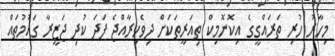
މިހާރު ހުރި ތަރައްގީގެ އިކޮނޮމިކް ތިއަރީތަކަށް ދިވެހިރާއްޖެ ފަދަ ކުދި ޖަޒީރާ ގައުމުތައް